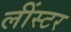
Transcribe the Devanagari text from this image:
लींस्टर